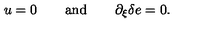
u = 0 \qquad \mathrm { a n d } \qquad \partial _ { \xi } \delta e = 0 .